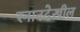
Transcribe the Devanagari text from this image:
स्नानदेखील